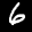
Label: 6